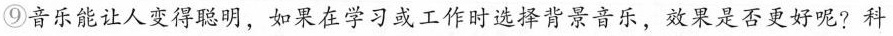
⑨音乐能让人变得聪明，如果在学习或工作时选择背景音乐，效果是否更好呢?科